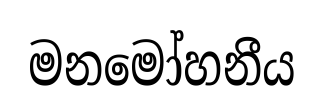
මනමෝහනීය